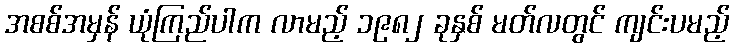
အစစ်အမှန် ယုံကြည်ပါက လာမည့် ၁၉၈၂ ခုနှစ် မတ်လတွင် ကျင်းပမည့်